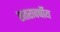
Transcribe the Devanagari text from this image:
सतरावर्षीय